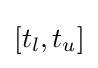
[t_{l},t_{u}]